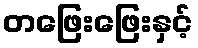
တဖြေးဖြေးနှင့်